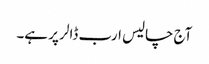
آج چالیس ارب ڈالر پر ہے۔